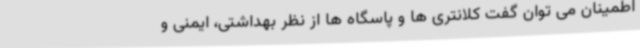
اطمینان می توان گفت کلانتری ها و پاسگاه ها از نظر بهداشتی، ایمنی و